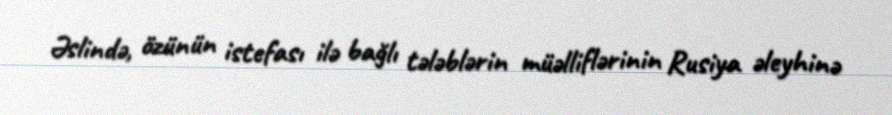
Əslində, özünün istefası ilə bağlı tələblərin müəlliflərinin Rusiya əleyhinə